Indian journal of veterinary science and animal husbandry - Volumes 22-23, 1952-1953
Year: 1952
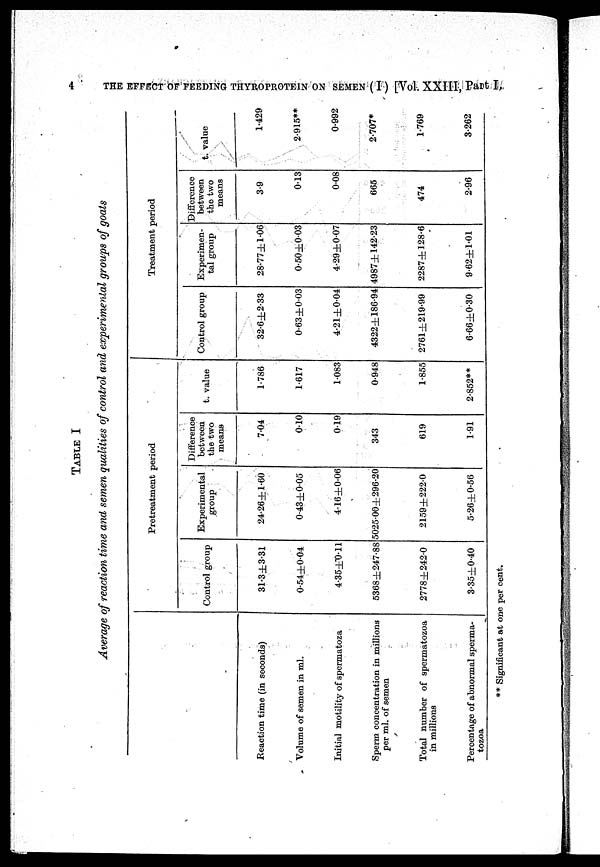
4
THE EFFECT OF FEEDING THYROPROTEIN ON SEMEN (I) [Vol. XXIII, Part I,
TABLE I
Average of reaction time and semen qualities of control and experimental groups of goats
Reaction time (in seconds)
Volume of semen in ml.
Initial motility of spermatoza
Sperm concentration in millions
per ml. of semen
Total number of spermatozoa
in millions
Percentage of abnormal sperma-
tozoa
Pretreatment period
Control group
31.3±3.31
0.54±0.04
4.35±0.11
5368±247.88
2778±242.0
3.35±0.40
Experimental
group
24.26±1.60
0.43±0.05
4.16±0.06
5025.00±296.20
2159±222.0
5.26±0.56
Difference
between
the two
means
7.04
0.10
0.19
343
619
1.91
t. value
1.786
1.617
1.083
0.948
1.855
2.852**
Treatment period
Control group
32.6±2.33
0.63±0.03
4.21±0.04
4322±186.94
2761±219.99
6.66±0.30
Experimen-
tal group
28.77±1.06
0.50±0.03
4.29±0.07
4987±142.23
2287±128.6
9.62±1.01
Difference
between
the two
means
3.9
0.13
0.08
665
474
2.96
t. value
1.429
2.915**
0.992
2.707*
1.769
3.262
** Significant at one per cent.